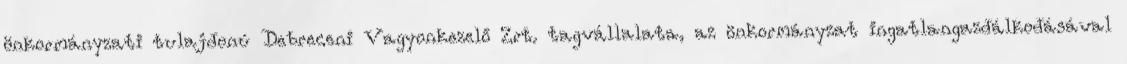
önkormányzati tulajdonú Debreceni Vagyonkezelő Zrt. tagvállalata, az önkormányzat ingatlangazdálkodásával